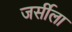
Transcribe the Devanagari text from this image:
जर्सीला